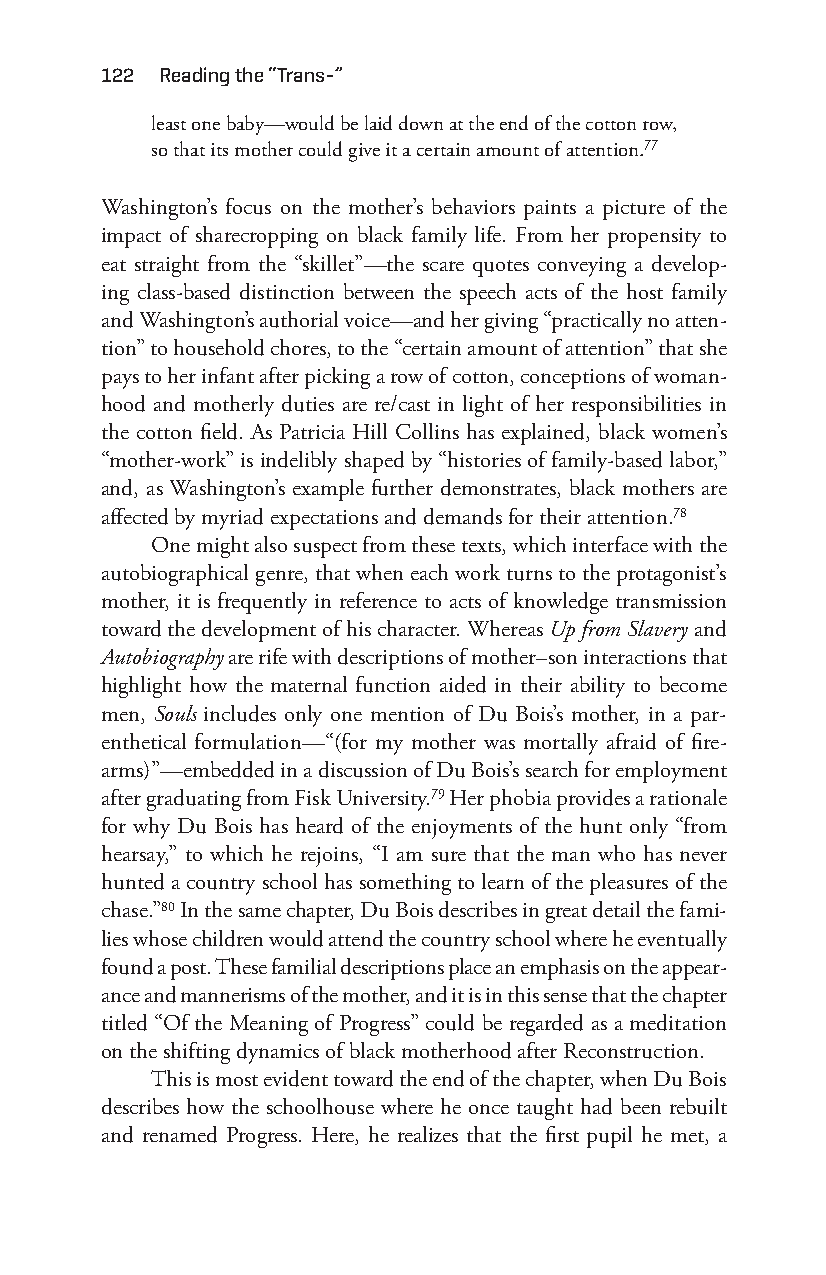
122 reading the “trans-”
 least one baby— would be laid down at the end of the cotton row,
 so that its mother could give it a certain amount of attention.77
 Washington’s focus on the mother’s behaviors paints a picture of the
 impact of sharecropping on black family life. From her propensity to
 eat straight from the “skillet”—t he scare quotes conveying a develop-
 ing class- based distinction between the speech acts of the host family
 and Washington’s authorial voice— and her giving “practically no atten-
 tion” to household chores, to the “certain amount of attention” that she
 pays to her infant after picking a row of cotton, conceptions of woman-
 hood and motherly duties are re/cast in light of her responsibilities in
 the cotton field. As Patricia Hill Collins has explained, black women’s
 “mother- work” is indelibly shaped by “histories of family- based labor,”
 and, as Washington’s example further demonstrates, black mothers are
 affected by myriad expectations and demands for their attention.78
 One might also suspect from these texts, which interface with the
 autobiographical genre, that when each work turns to the protagonist’s
 mother, it is frequently in reference to acts of knowledge transmission
 toward the development of his character. Whereas Up from Slavery and
 Autobiography are rife with descriptions of mother– son interactions that
 highlight how the maternal function aided in their ability to become
 men, Souls includes only one mention of Du Bois’s mother, in a par-
 enthetical formulation— “(for my mother was mortally afraid of fire-
 arms)”— embedded in a discussion of Du Bois’s search for employment
 after graduating from Fisk University.79 Her phobia provides a rationale
 for why Du Bois has heard of the enjoyments of the hunt only “from
 hearsay,” to which he rejoins, “I am sure that the man who has never
 hunted a country school has something to learn of the pleasures of the
 chase.”80 In the same chapter, Du Bois describes in great detail the fami-
 lies whose children would attend the country school where he eventually
 found a post. These familial descriptions place an emphasis on the appear-
 ance and mannerisms of the mother, and it is in this sense that the chapter
 titled “Of the Meaning of Progress” could be regarded as a meditation
 on the shifting dynamics of black motherhood after Reconstruction.
 This is most evident toward the end of the chapter, when Du Bois
 describes how the schoolhouse where he once taught had been rebuilt
 and renamed Progress. Here, he realizes that the first pupil he met, a
 Snorton.indd 122                            29/09/2017 8:41:04 AM